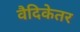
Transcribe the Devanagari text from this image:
वैदिकेतर